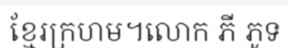
ខ្មែរក្រហម។លោក ភី ភូទ